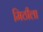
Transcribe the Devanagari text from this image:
मिठीला